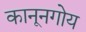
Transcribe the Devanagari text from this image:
कानूनगोय